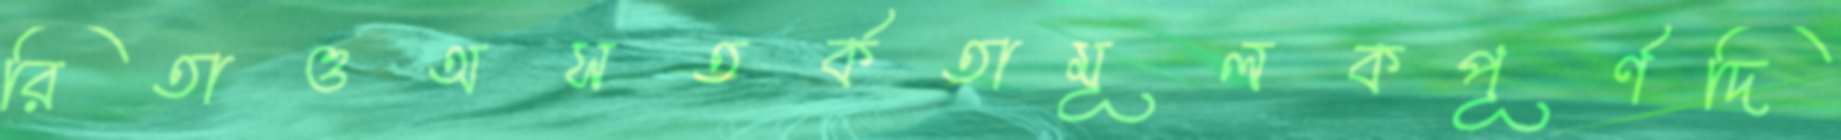
রিতাওঅসতর্কতামূলকপূর্ণদি